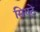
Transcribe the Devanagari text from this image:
सिएटे